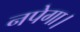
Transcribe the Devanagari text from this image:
नपेगा।